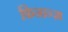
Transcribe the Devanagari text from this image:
फिनान्ज़ा